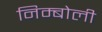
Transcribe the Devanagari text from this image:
निम्‍बोली